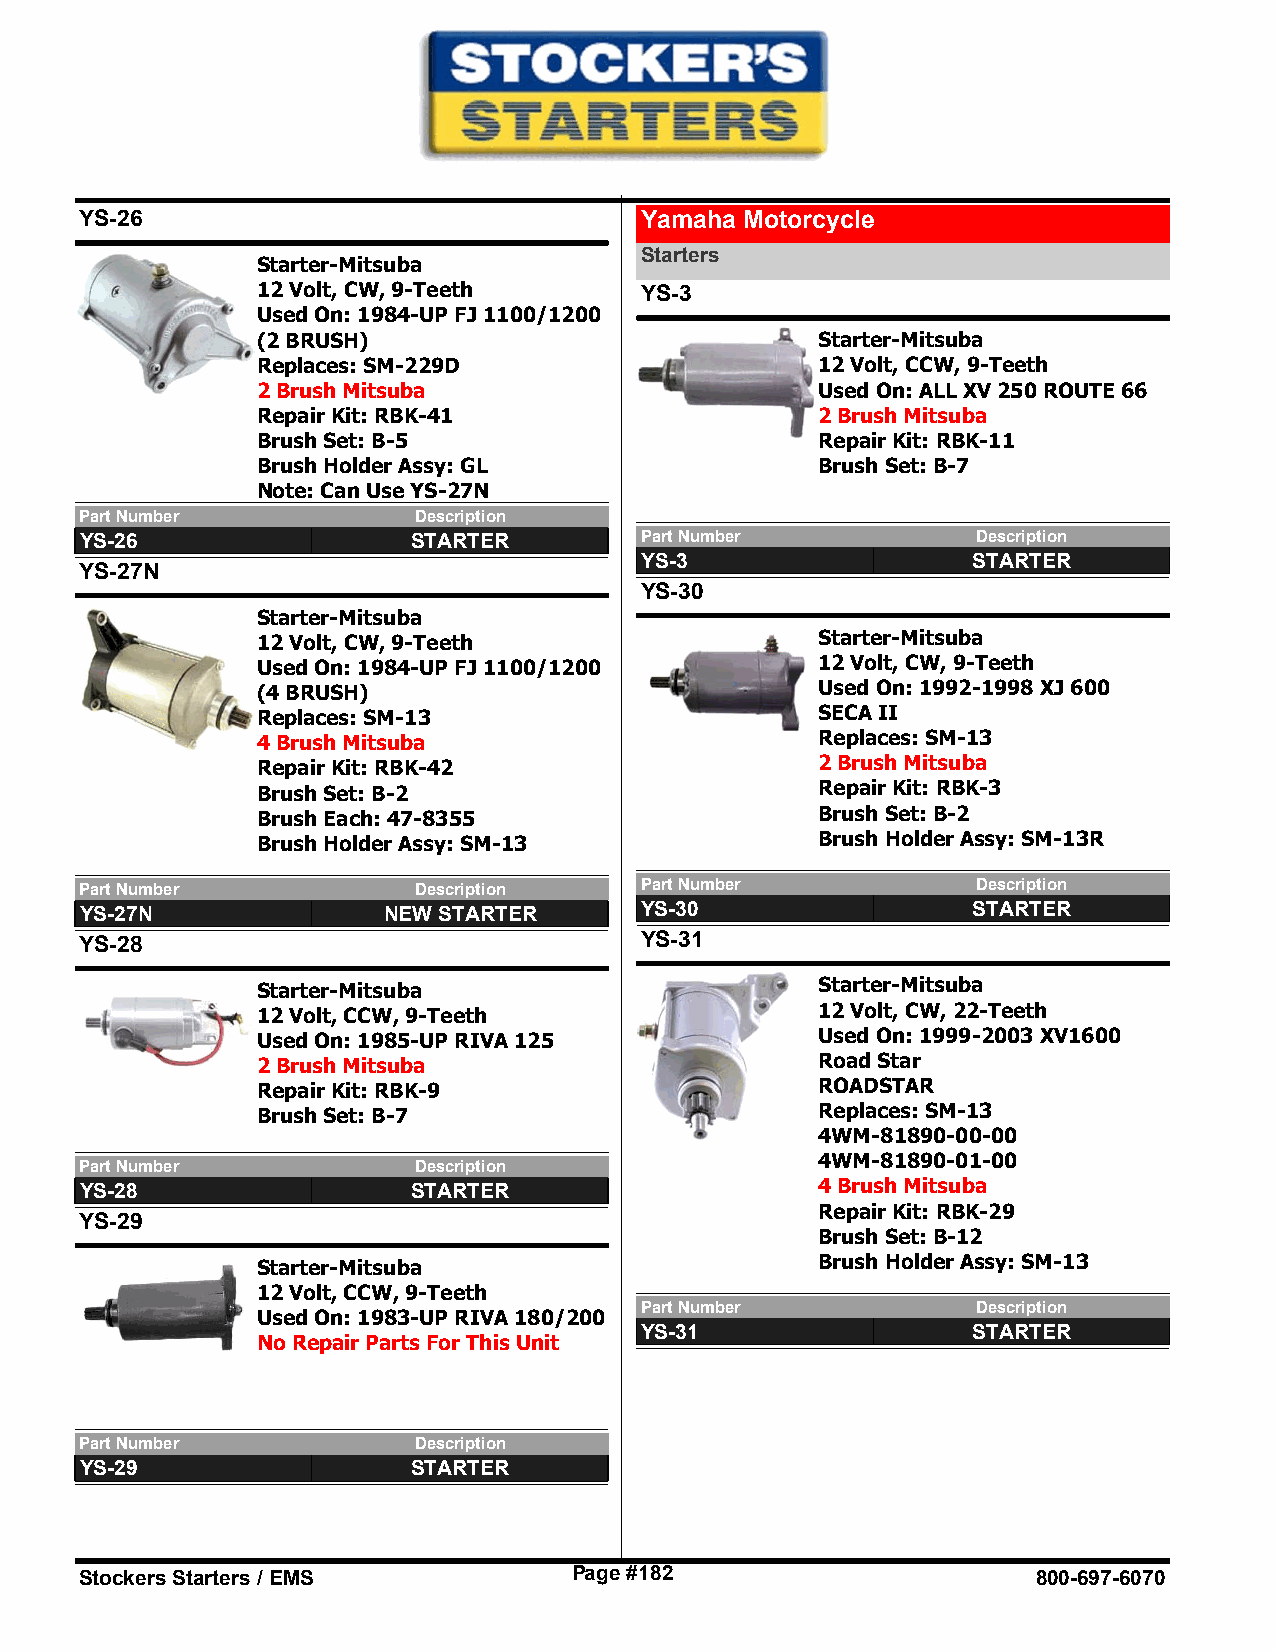
YS-26                                Yamaha Motorcycle
 Starters
 Starter-Mitsuba
 12 Volt, CW, 9-Teeth     YS-3
 Used On: 1984-UP FJ 1100/1200
 (2 BRUSH)                            Starter-Mitsuba
 Replaces: SM-229D                    12 Volt, CCW, 9-Teeth
 2 Brush Mitsuba                      Used On: ALL XV 250 ROUTE 66
 Repair Kit: RBK-41                   2 Brush Mitsuba
 Brush Set: B-5                       Repair Kit: RBK-11
 Brush Holder Assy: GL                Brush Set: B-7
 Note: Can Use YS-27N
 Part Number           Description
 YS-26                 STARTER        Part Number            Description
 YS-3                  STARTER
 YS-27N
 YS-30
 Starter-Mitsuba
 12 Volt, CW, 9-Teeth                 Starter-Mitsuba
 Used On: 1984-UP FJ 1100/1200        12 Volt, CW, 9-Teeth
 (4 BRUSH)                            Used On: 1992-1998 XJ 600
 Replaces: SM-13                      SECA II
 4 Brush Mitsuba                      Replaces: SM-13
 Repair Kit: RBK-42                   2 Brush Mitsuba
 Brush Set: B-2                       Repair Kit: RBK-3
 Brush Each: 47-8355                  Brush Set: B-2
 Brush Holder Assy: SM-13             Brush Holder Assy: SM-13R
 Part Number           Description    Part Number            Description
 YS-27N              NEW STARTER      YS-30                 STARTER
 YS-28                                YS-31
 Starter-Mitsuba                      Starter-Mitsuba
 12 Volt, CCW, 9-Teeth                12 Volt, CW, 22-Teeth
 Used On: 1985-UP RIVA 125            Used On: 1999-2003 XV1600
 2 Brush Mitsuba                      Road Star
 Repair Kit: RBK-9                    ROADSTAR
 Brush Set: B-7                       Replaces: SM-13
 4WM-81890-00-00
 4WM-81890-01-00
 Part Number           Description
 YS-28                 STARTER                    4 Brush Mitsuba
 Repair Kit: RBK-29
 YS-29
 Brush Set: B-12
 Starter-Mitsuba                      Brush Holder Assy: SM-13
 12 Volt, CCW, 9-Teeth
 Part Number            Description
 Used On: 1983-UP RIVA 180/200
 YS-31                 STARTER
 No Repair Parts For This Unit
 Part Number           Description
 YS-29                 STARTER
 Stockers Starters / EMS          Page #182                      800-697-6070